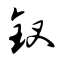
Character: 钗